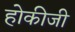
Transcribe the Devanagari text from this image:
होकीजी